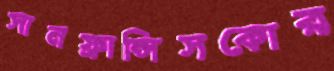
সানফ্রান্সিসকোর